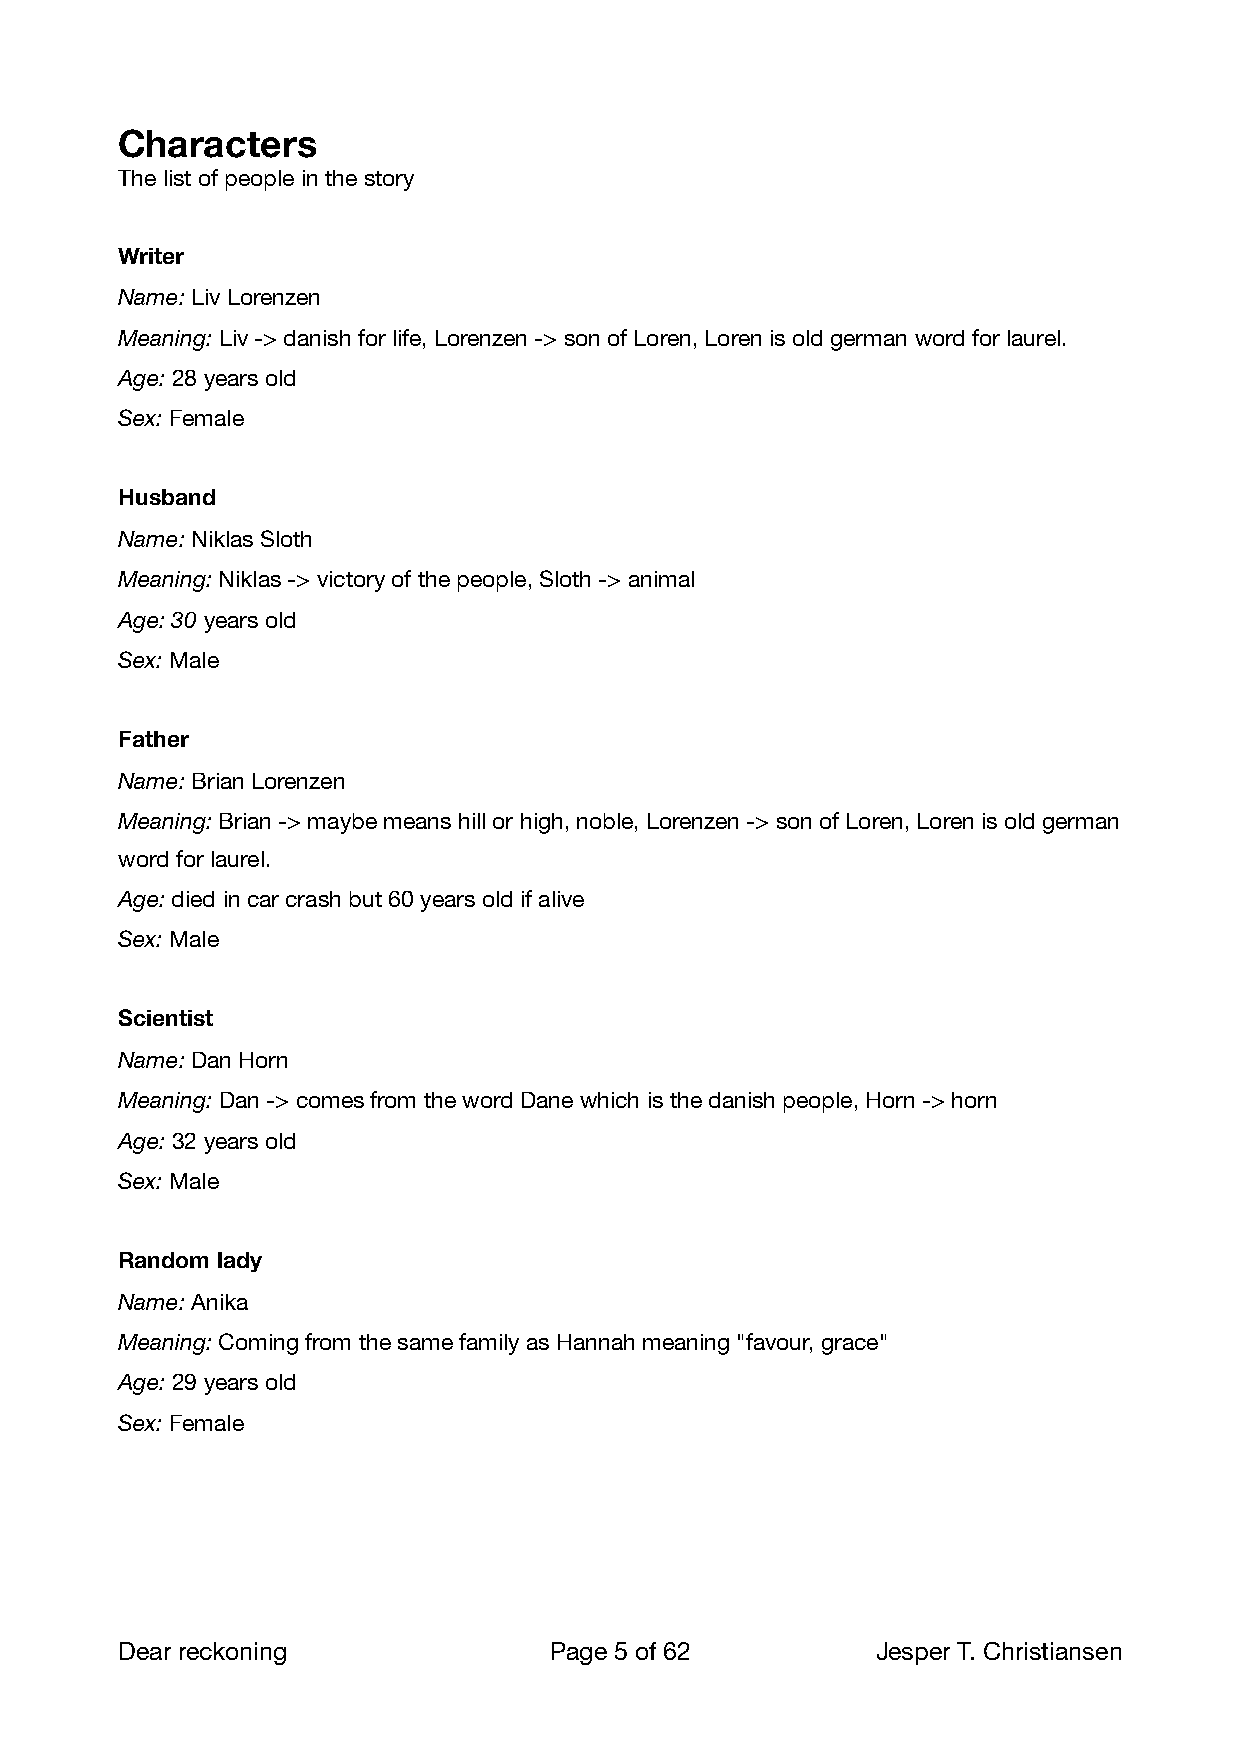
Characters
 The list of people in the story
 Writer
 Name: Liv Lorenzen
 Meaning: Liv -> danish for life, Lorenzen -> son of Loren, Loren is old german word for laurel.
 Age: 28 years old
 Sex: Female
 Husband
 Name: Niklas Sloth
 Meaning: Niklas -> victory of the people, Sloth -> animal
 Age: 30 years old
 Sex: Male
 Father
 Name: Brian Lorenzen
 Meaning: Brian -> maybe means hill or high, noble, Lorenzen -> son of Loren, Loren is old german
 word for laurel.
 Age: died in car crash but 60 years old if alive
 Sex: Male
 Scientist
 Name: Dan Horn
 Meaning: Dan -> comes from the word Dane which is the danish people, Horn -> horn
 Age: 32 years old
 Sex: Male
 Random lady
 Name: Anika
 Meaning: Coming from the same family as Hannah meaning "favour, grace"
 Age: 29 years old
 Sex: Female
 Dear reckoning              Page 5 of 62         Jesper T. Christiansen